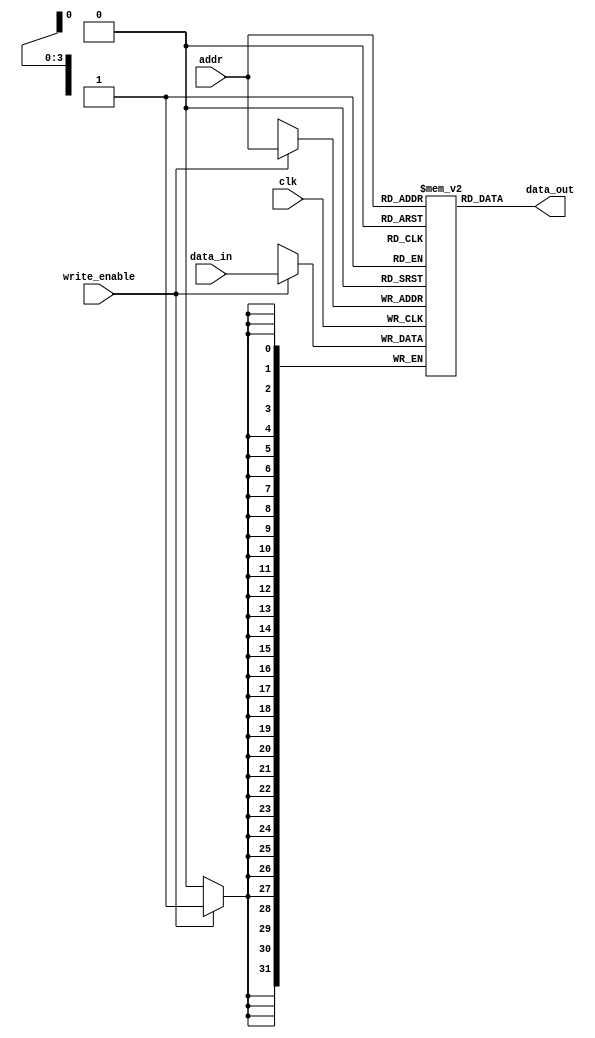
`timescale 1ns / 1ps



module ram # 
    (parameter ADDR_WIDTH = 4, DATA_WIDTH = 32)
    (
        input                       clk,
        input                       write_enable,
        input   [ADDR_WIDTH-1:0]    addr,
        input   [DATA_WIDTH-1:0]    data_in,
        output  [DATA_WIDTH-1:0]    data_out
    );
    
    parameter numRegisters = 1 << (ADDR_WIDTH) ;
    reg [DATA_WIDTH-1:0] ram [numRegisters-1:0] ;
    integer i;
    
    always @(posedge clk) begin
        if (write_enable)
            ram[addr] <= data_in ;
    end
    
    assign data_out = ram[addr] ;
endmodule